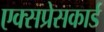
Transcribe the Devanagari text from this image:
एक्सप्रेसकार्ड